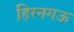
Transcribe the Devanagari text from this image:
हिरनगऊ